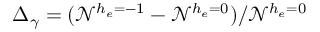
\Delta _ { \gamma } = ( \mathcal { N } ^ { h _ { e } = - 1 } - \mathcal { N } ^ { h _ { e } = 0 } ) / \mathcal { N } ^ { h _ { e } = 0 }